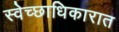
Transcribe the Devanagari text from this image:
स्वेच्छाधिकारात